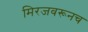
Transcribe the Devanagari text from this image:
मिरजवरूनच